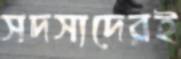
সদস্যদেরই